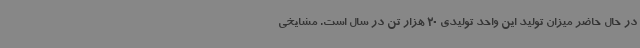
در حال حاضر میزان تولید این واحد تولیدی 20 هزار تن در سال است. مشایخی